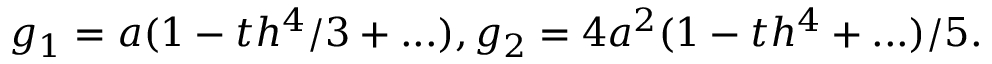
g _ { 1 } = a ( 1 - t h ^ { 4 } / 3 + . . . ) , g _ { 2 } = 4 a ^ { 2 } ( 1 - t h ^ { 4 } + . . . ) / 5 .